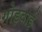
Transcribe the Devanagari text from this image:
गोड़बाई